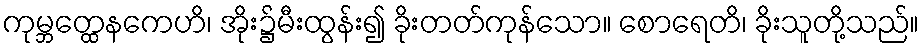
ကုမ္ဘတ္ထေနကေဟိ၊ အိုး၌မီးထွန်း၍ ခိုးတတ်ကုန်သော။ စောရေတိ၊ ခိုးသူတို့သည်။